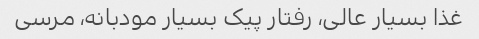
غذا بسیار عالی، رفتار پیک بسیار مودبانه، مرسی